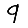
Digit: 9